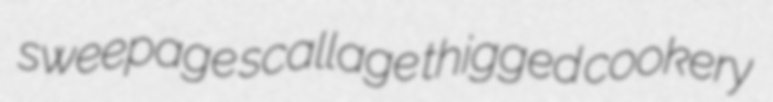
sweepage scallage thigged cookery